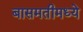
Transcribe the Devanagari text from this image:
बासमतीमध्ये